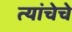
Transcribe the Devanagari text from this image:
त्यांचेचे